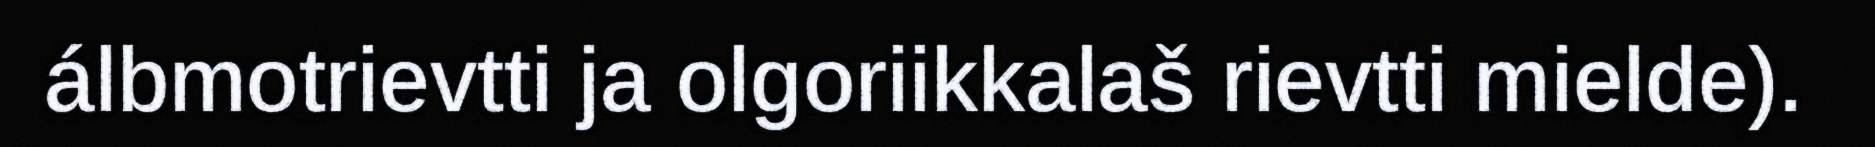
álbmotrievtti ja olgoriikkalaš rievtti mielde).